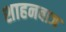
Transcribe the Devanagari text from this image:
शाहनबाज